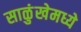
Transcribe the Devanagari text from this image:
साळुंखेमध्ये